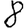
Digit: 8